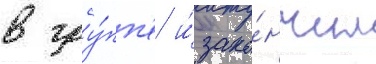
в гру́пп'е и́ зако́нчил